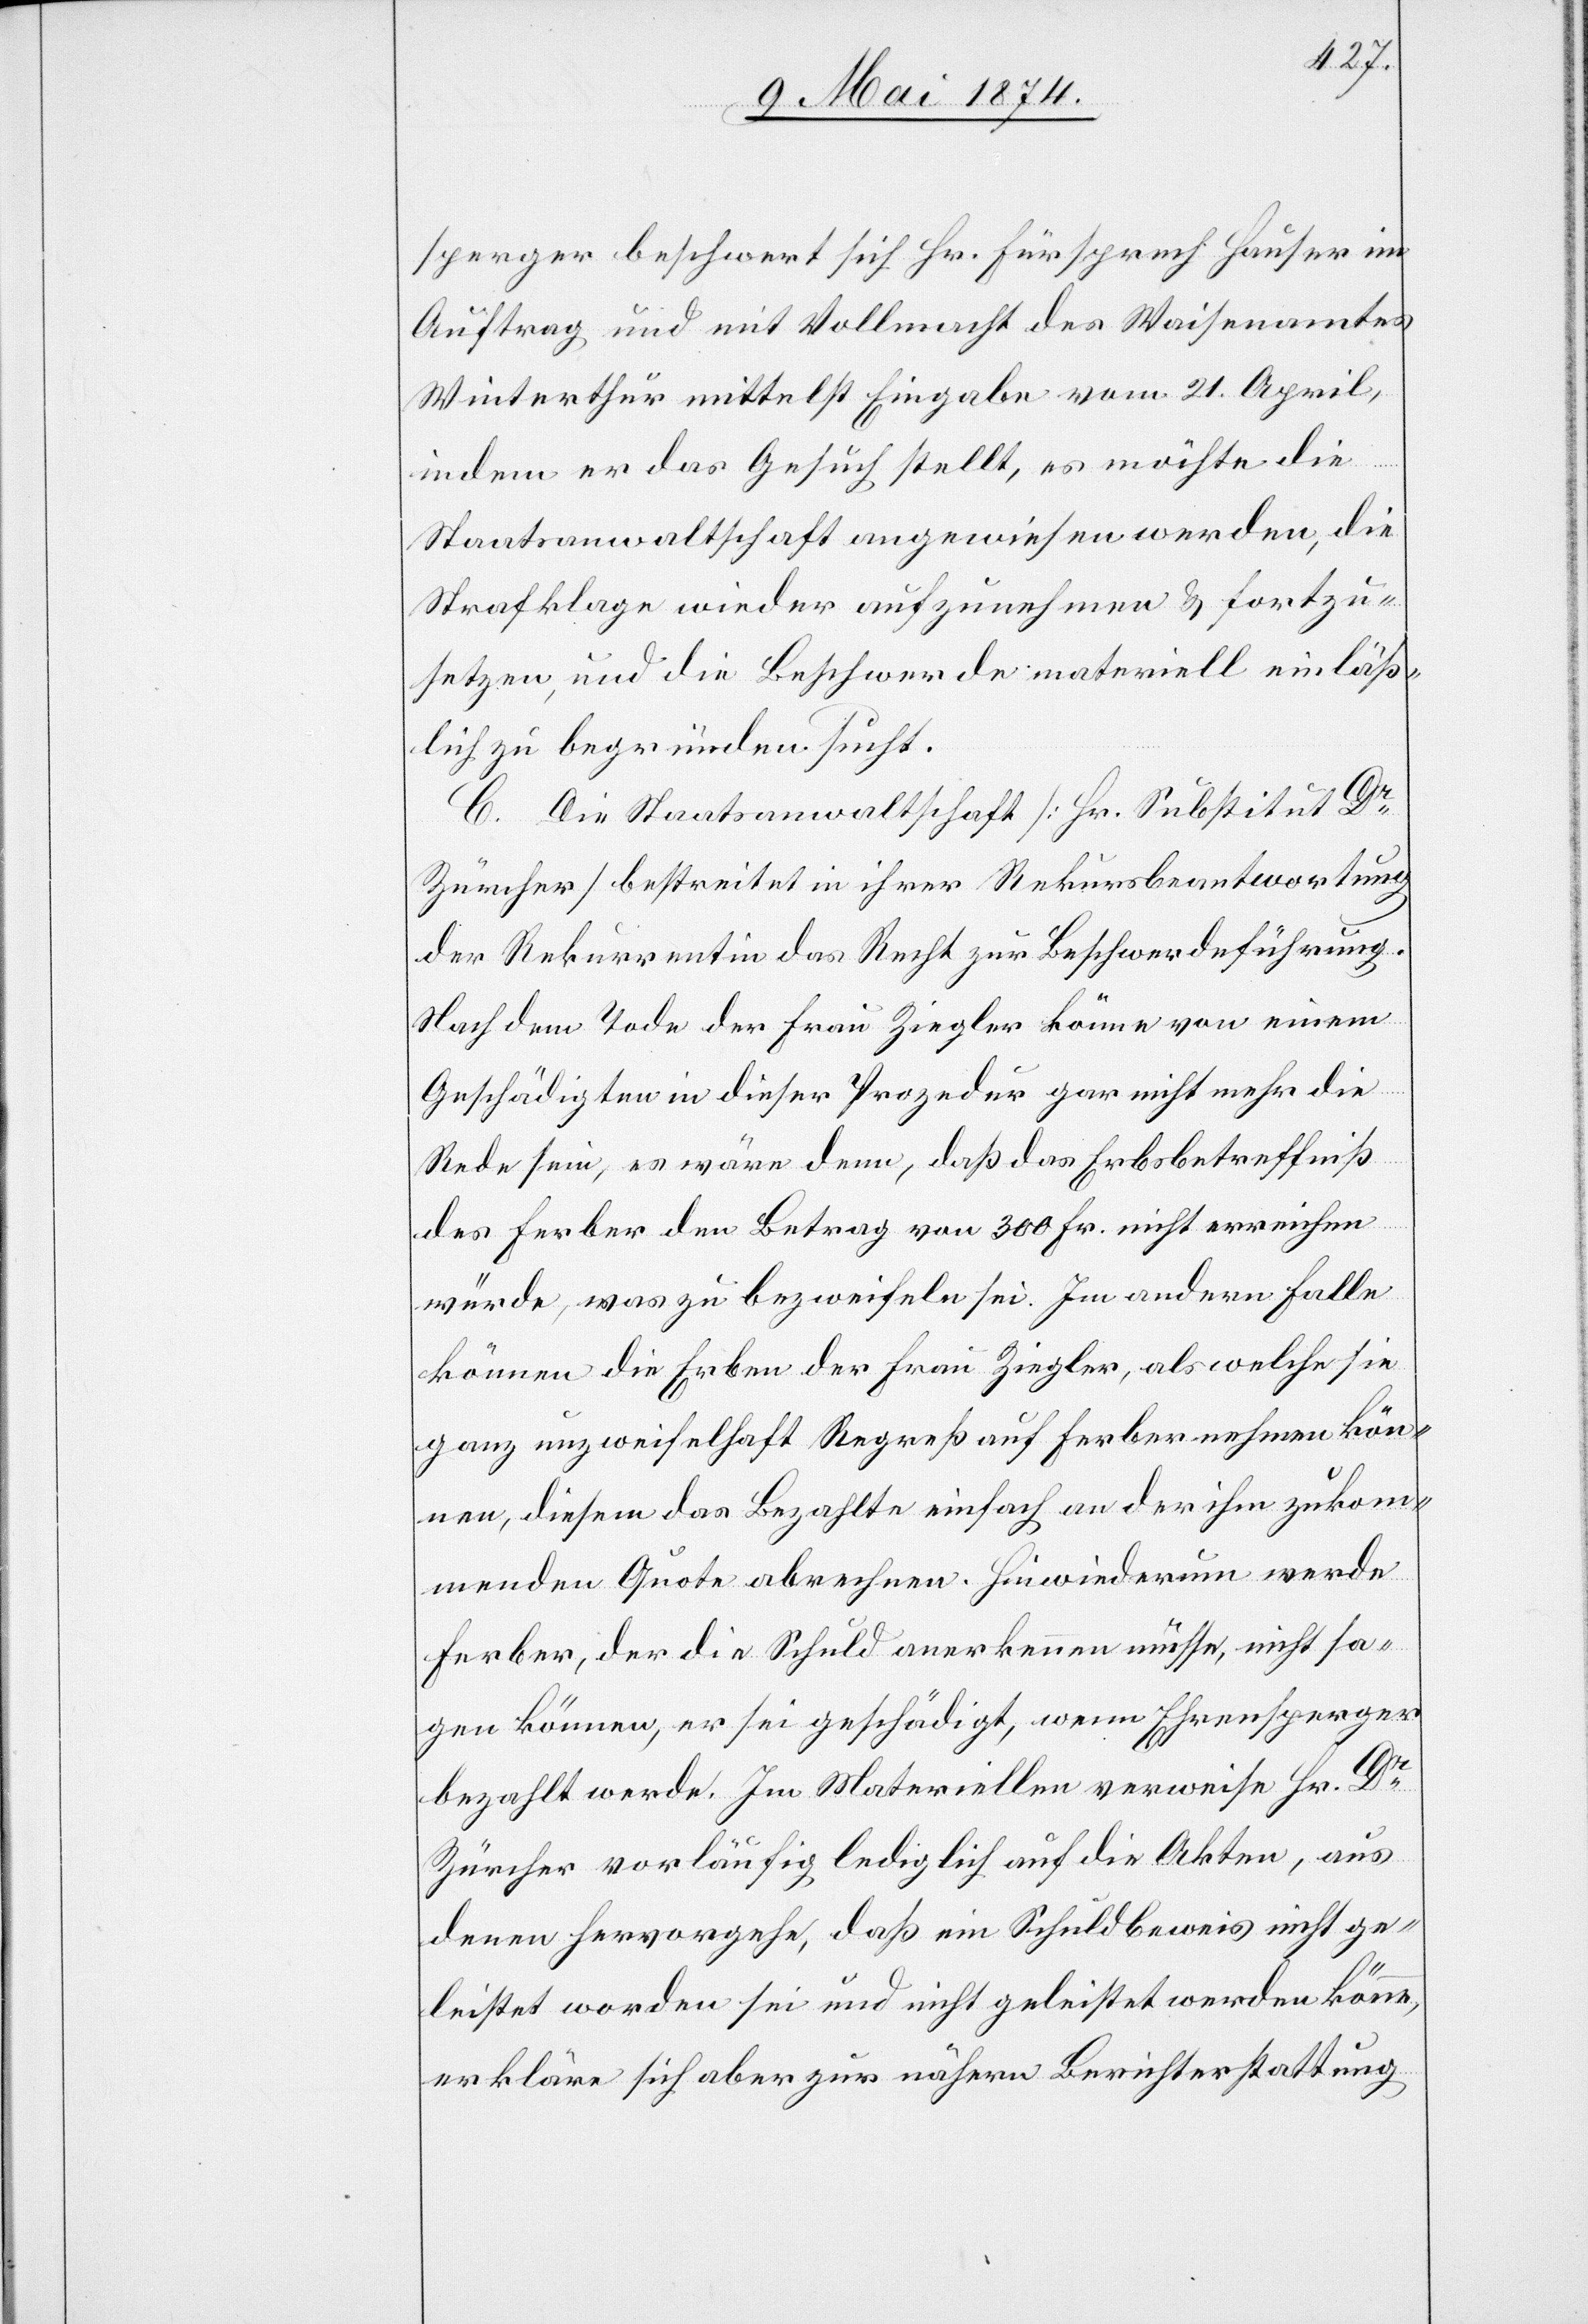
sperger beschwert sich Hr. Fürsprech Hauser im
Auftrag und mit Vollmacht des Waisenamtes
Winterthur mittelst Eingabe vom 21. April,
indem er das Gesuch stellt, es möchte die
Staatsanwaltschaft angewiesen werden, die
Strafklage wieder aufzunehmen u. fortzu¬
setzen, und die Beschwerde materiell einläß¬
lich begründen sucht.
C. Die Staatsanwaltschaft [Hr. Substitut Dr
Zürcher] bestreitet in ihrer Rekursbeantwortung
der Rekurrentin das Recht zur Beschwerdeführung.
Nach dem Tode der Frau Ziegler könne von einem
Geschädigten in dieser Prozedur gar nicht mehr die
Rede sein, es wäre denn, daß das Erbsbetreffniß
des Ferber den Betrag von 300 Fr. nicht erreichen
würde, was zu bezweifeln sei. Im andern Falle
können die Erben der Frau Ziegler, als welche sie
ganz unzweifelhaft Regreß auf Ferber nehmen kön¬
nen, diesem das Bezahlte einfach an der ihm zukom¬
menden Quote abrechnen. Hinwiederum werde
Ferber, der die Schuld anerkennen müsse, nicht sa¬
gen können, er sei geschädigt, wenn Ehrensperger
bezahlt werde. Im Materiellen verweise Hr. Dr
Zürcher vorläufig lediglich auf die Akten, aus
denen hervorgehe, daß ein Schuldbeweis nicht ge¬
leistet worden sei und nicht geleistet werden könne,
erkläre sich aber zur nähern Berichterstattung